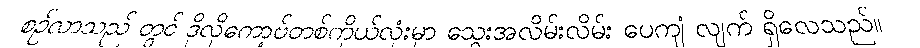
စဉ်လာသည် တွင် ဒိုလိုကော့ဗ်တစ်ကိုယ်လုံးမှာ သွေးအလိမ်းလိမ်း ပေကျံ လျက် ရှိလေသည်။